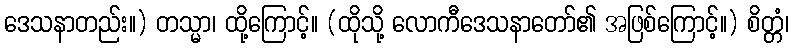
ဒေသနာတည်း။) တသ္မာ၊ ထို့ကြောင့်။ (ထိုသို့ လောကီဒေသနာတော်၏ အဖြစ်ကြောင့်။) စိတ္တံ၊